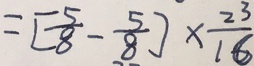
= [ \frac { 5 } { 8 } - \frac { 5 } { 8 } ] \times \frac { 2 3 } { 1 6 }